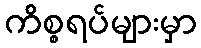
ကိစ္စရပ်များမှာ